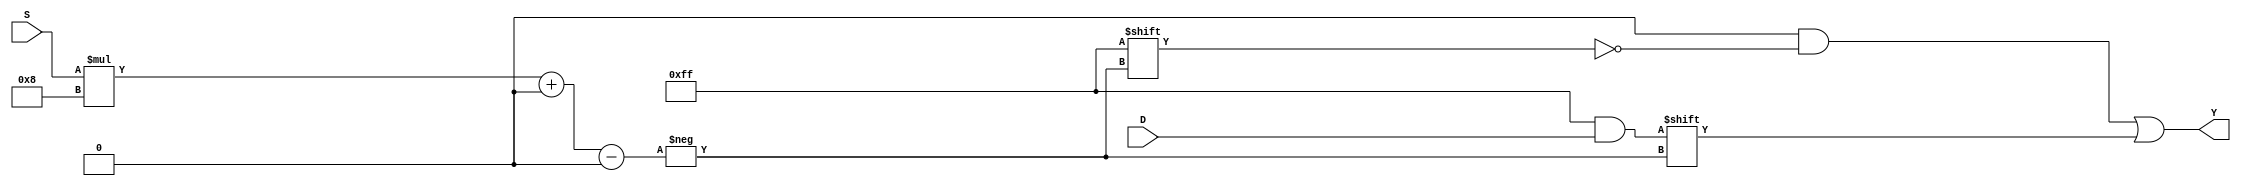
module parameterized_demux #(
    parameter N = 4,               // Number of output lines (must be a power of 2)
    parameter DATA_WIDTH = 8       // Width of the data input
) (
    input wire [DATA_WIDTH-1:0] D, // Data input
    input wire [$clog2(N)-1:0] S,  // Select input
    output reg [DATA_WIDTH*N-1:0] Y // Output lines
);

    always @* begin
        // Default all output lines to 0
        Y = 0;

        // Route data D to the selected output
        Y[(S * DATA_WIDTH) +: DATA_WIDTH] = D;
    end

endmodule